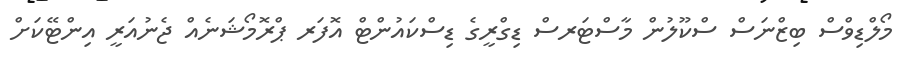
މޯލްޑިވްސް ބިޒްނަސް ސްކޫލުން މާސްޓަރސް ޑިގްރީގެ ޑިސްކައުންޓް އޮފަރ ޕްރޮމޯޝަނެއް ޖެނުއަރީ އިންޓޭކަށް